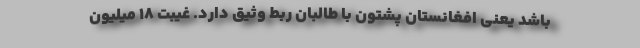
باشد یعنی افغانستانِ پشتون با طالبان ربط وثیق دارد. غیبت 18 میلیون